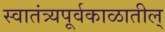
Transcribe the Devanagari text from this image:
स्वातंत्र्यपूर्वकाळातील्